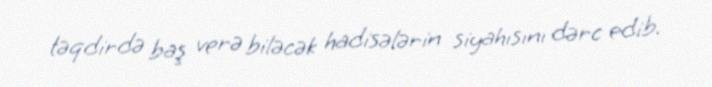
təqdirdə baş verə biləcək hadisələrin siyahısını dərc edib.